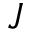
J